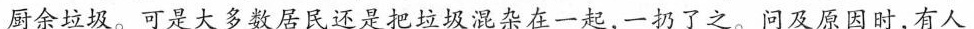
厨余垃圾。可是大多数居民还是把垃圾混杂在一起，一扔了之。问及原因时，有人